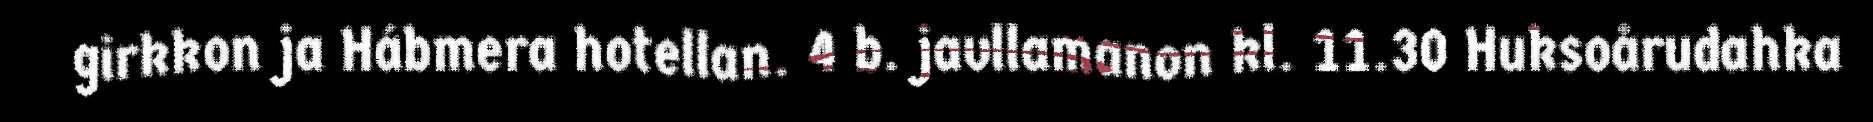
girkkon ja Hábmera hotellan. 4 b. javllamanon kl. 11.30 Huksoårudahka